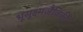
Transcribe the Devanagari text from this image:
भूसूक्ष्मजैविकी